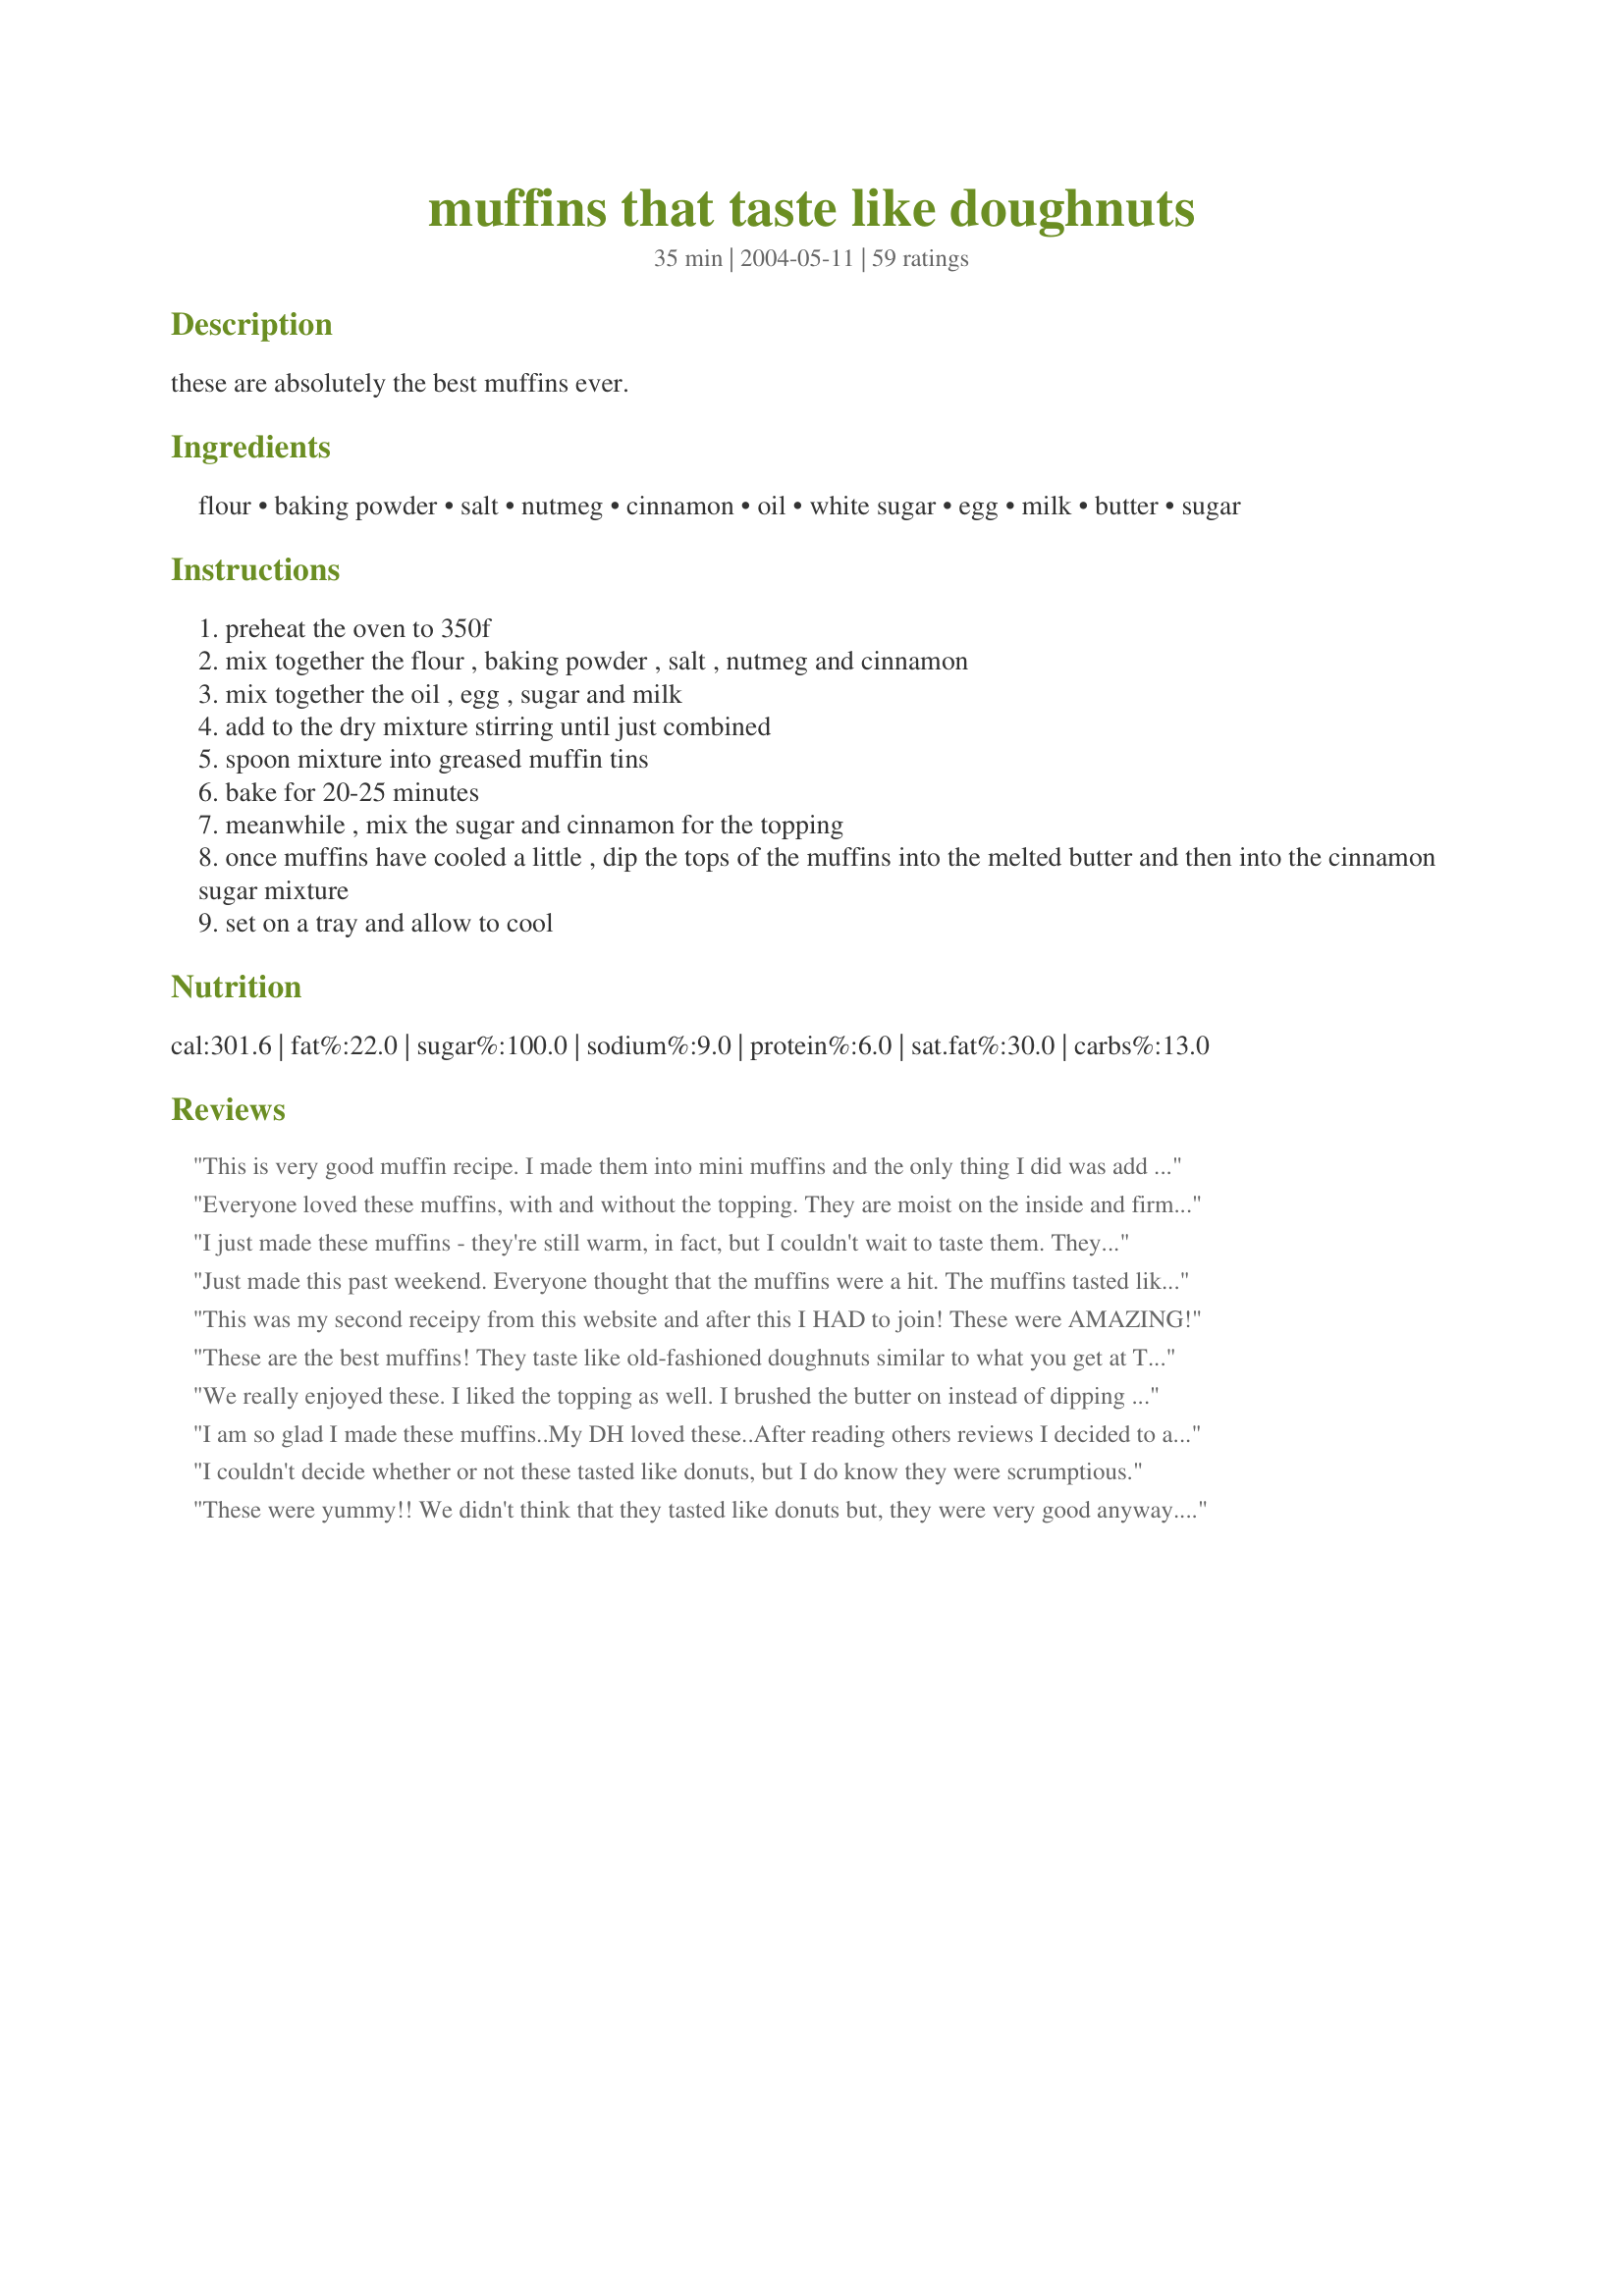
muffins that taste like doughnuts
Preparation time: 35 minutes

these are absolutely the best muffins ever.

Ingredients:
flour, baking powder, salt, nutmeg, cinnamon, oil, white sugar, egg, milk, butter, sugar

Steps:
preheat the oven to 350f
mix together the flour , baking powder , salt , nutmeg and cinnamon
mix together the oil , egg , sugar and milk
add to the dry mixture stirring until just combined
spoon mixture into greased muffin tins
bake for 20-25 minutes
meanwhile , mix the sugar and cinnamon for the topping
once muffins have cooled a little , dip the tops of the muffins into the melted butter and then into the cinnamon sugar mixture
set on a tray and allow to cool

Reviews:
This is very good muffin recipe. I made them into mini muffins and the only thing I did was add a little vanilla to the batter and cut back on the nutmeg (picky kids). They are very tasty and I think they taste like a cake donut dipped in cinnamon sugar like you get at the apple orchard. Thank you for this recipe.
Everyone loved these muffins, with and without the topping. They are moist on the inside and firm on top. My kids are super picky and these got their seal of approval. I cooked them for only 17 minutes and they were perfect. Next time I will use apple sauce instead of oil. Suggestion: make half of the topping otherwise you will have tons left over and possibly wasted
I just made these muffins - they're still warm, in fact, but I couldn't wait to taste them. They are scrumptious! I actually subsituted 1/2 cup of homemade applesauce for the oil and only used 1/2 cup sugar, since there is some sugar in my applesauce. I added a couple extra Tbls of flour to make the batter a little thicker. I think next time I make them I'll use 1/2 tsp cinnamon and 1/4 tsp nutmeg, as they were a little too nutmeg-y for me, although still very yummy. I baked them in my mini-muffin pan for about 15 minutes and they are perfect! I know my husband and son are going to gobble them up! Thanks for the great recipe!
Just made this past weekend. Everyone thought that the muffins were a hit. The muffins tasted like a cake donut. I will definitely make this recipe again. Someone suggsted vanilla. Vanilla seems like it would make the muffins even better.
This was my second receipy from this website and after this I HAD to join! These were AMAZING!
These are the best muffins! They taste like old-fashioned doughnuts similar to what you get at Tim Horton's. Always a hit!
We really enjoyed these. I liked the topping as well. I brushed the butter on instead of dipping and had alot of butter leftover. Would make again for sure as it calls for simple ingredients I have at home.
I am so glad I made these muffins..My DH loved these..After reading others reviews I decided to add 1 tsp vanilla to the batter and made only half the topping..I was gald I did as I still had lots of topping leftover and the vanilla helped to bring out the flavor of these muffins...He says this recipe is a keeper,I must also add for him to say this about any muffin really is a compliment..He doesnt generally care for muffins,but he does like his cake donuts..Thank U for this great and really easy recipe..Im sure I will be baking more of these...
I couldn't decide whether or not these tasted like donuts, but I do know they were scrumptious.
These were yummy!! We didn't think that they tasted like donuts but, they were very good anyway. They were easy to make and went together very quickly. I baked these in my cast iron muffin pans, which are a little smaller, and it made 12 muffins. I will definitely be making these again. Thank you for sharing this recipe.
Made 12 muffins, they were so goooood! I added 1 tsp of vanilla and completely skipped the topping (out of laziness) and they are definitely a new favorite! Really do taste like a donut and smelled amazing in the oven! Thanks so much for posting, gonna make more of these often!
These came out wonderful! I did only melt about 2Tb of butter and still had some left over. Amazing recipe
Very good muffins. Followed the recipe exactly with no changes. Easy to make and I had all the ingredients on hand. Great with a good cup of coffee.
My kids went to town on these muffins! All 12 were consumed at breakfast. I loved how easy they were to make. I did bake these the night before and in the morning dipped them in the melted butter and cinnamon/sugar topping. We will be having these again since they were so easy and good.
I made these to bring to a breakfast party and they were a big hit. Easy ingredients to have on hand and super easy to make.
I've made them at least 10 times since then and there's never any left!! Fabulous!
These were just to die for!, and yes they certainly do taste similar to doughnuts, they just melted in your mouth, heaven with every bite! Wonderful light texture. I took MizEmeril's advise and added 1 tsp vanilla. I will be making these again, they were just delicious! Thanks so much for posting...Kittencal :)
Delicious! As a child in Canada, my brother's grade school class made a cook book for Mother's day. Our family's favorite recipe was this one. It went missing and I have looked for it to make for my kids. Thanks so much Ladyshay! Wondering if you are a Shay that went to school with us!
I want to start by saying that we loved this recipe and will use it again. These were made for a church coffee hour and they are delicious and you can't beat how easy they are to make. As suggested by other reviewers I did add about 1/2 t. of vanilla to the basic recipe. I was surprised to see to see the few negative reviews on this recipe. If you like cake-type doughnuts you will really like this rccipe - if you're looking for a glazed krispy-creme type doughnut this isn't it. Simple, tasty and easy to bake ahead of time gives the recipe five stars in my book!. Thanks for the recipe Ladyshay!
These were very good. I drought them to a breakfast for my Mom's club, and there was not any left when it was time to go. I also think they tasted more like coffee cake than doughnuts. But either way they were delicious!
My favorite type of donuts are cake donuts and these are a yummy substitute. Plus, there's no frying! I read the reviews, and added the helpful tips of adding 1 teaspoon of vanilla to the batter. I also switched the amounts of nutmeg and cinnamon (because we prefer cinnamon to nutmeg too), and for the topping, I used 1/4 c. butter and 1/3 c. sugar to 1 Tablespoon cinnamon (3 parts sugar to 1 part cinnamon). I could have probably even used 3 (or maybe even 2?) Tablespoons butter, though. Oh well! I made mini muffins, and it made 24. I just dipped the tops in the butter and cinnamon/sugar, which made it fast and easy. Thanks for posting this recipe!
Very easy to make and very delicious, though not as much like doughnuts as I had hoped. still a very good muffin and DH loved it even though he not really a muffin person :) Made for Let's Party 2011.
First made this recipe from an old muffin book given to me by my husbands grandmother. Everytime I make them I get rave reviews, and they are so quick and easy!
These did taste just like cake doughnuts. I will be making more to put in my freezer. I think I will try making them as a mini doughnut next time and make them bite size yum.
I made these for my Read Across America Breakfast for my students. I made them exactly as posted, and only got 11 smallish muffins. This made it hard to put the topping on (to dip because the muffin was smaller than the liner). They were also a bit chewy instead of soft like a muffin. Just were not my favorite. Sorry!
Really great! If made the day before the flavors have longer to mingle and this creates the cake doughnut taste. Fresh out of the oven they are also good. I added vanilla and a pinch of ginger. Its faster , easier and slightly healthier than real dougnuts. I frosted some in chocolate with chopped nut and white icing and sprinkles on others for a family event. They were a huge hit! Thank you for posting.
These are really good muffins. They taste like coffee cake and make a great breakfast. I also like that I usually have all the ingredients on hand. Thanks Ladyshay!
Just made this recipe and it&#039;s great, but.......&lt;br/&gt;I did convert it to WG Free and it worked extremely well. It&#039;s so nice to have something different.
These were really good. Both my husband and myself thought these tasted more like coffee cake than donuts but either way they were good and I'm sure I'll be making them again for a nice breakfast treat.
Very nice muffins! Very easy and good. Thanks!
Frankly, we did not think these tasted like cinnamon donuts and we were not crazy about them either. I will not make them again.
These were a huge hit in our house this morning! Definately a keeper recipe! 
I used Buttermilk in place of the milk and it was still the yummy treat everyone else is talking about!
I thought these muffins had a real nice texture and loved the flavor. While still warm from the oven they didn't taste as similar to cake donuts as they did after a few hours and even more so the next day (the two I managed to hide so they weren't devoured) This recipe doesn't claim to be a cake donut clone. I think the reviewers that are upset that it doesn't taste like a donut are taking the recipe a little to literally! In my opinion it comes close enough, is easier to make and is hands down delicious.
I just took these out of the oven. They smelled so wonderful! Usually I don't like things like this warm and always wait till they are cold to try them, but this time the smell got me and before I knew what happened, I engolfed and devoured one. It was very good! T'm not a big muffin fan usually, but these are really super and I will definitely make again, and again! When I mixed the oil, sugar, egg, and milk, I used the electric mixer and beat it pretty good. Then I stirred in the dry ingredients with a spoon. Mine filled the 12 muffin cups just fine and came out just like they should. Nice texture. Thanks for some very nice muffins. You did a great jub!
These were good. They taste like doughnuts if you think about it while you eat them. If you don't they are just cinnamony muffins. I'm not so excited about them that I want to make them again next week.
I needed to work overtime this morning on my twins' birthday. So I got up at 4 am to make these muffins for their birthday breakfast. I doubled the muffin ingredients as I went along, mixed them up, the baking powder bubbled so all was well. The muffins came out kinda flat and I was disapointed but I dipped them in butter and the sugar mixture. I tasted one and really didn't like it but I needed to leave for work. I left them on the counter. I received a phone call at work from the kids- they were raving about the muffins. Insisting that the muffins tasted like churros. We live in CA and churros, a Latin America fried donut stick , is very popular here. When I arrived home all 2 dozen muffins were gone and the family wanted more. So I guess they were good. I'll give them a 5 star for the kids EDITED on 7/19/04. Baked them again this morning and they rose beautifully! I must have left out part of an ingredient when I was doubling the batch. I loved them! The kids said they tasted more like churros when I messed up the batch.
This taste pretty good but there are too much topping left over.
These were good little muffins (I used the mini muffin pan in order to get the kids interested). I thought they tasted like cake donuts while the kids were expecting the flavor of the glazed kind. Next time, I will make a powdered sugar glaze for them.
Delicious!
They were great and easy to make. Decreased nutmeg to 1/4 teaspoon and added 1/2 teaspoon vanilla.
Easy to make & very good tasting for a faux doughnut.
Very easy, cut the sugar on the topping to 3 tablespoons. Brushed butter on then sprinted the cinnamon/sugar mix. The grandchildren loved them. Thank you for the recipe. Now on the fav list for the children.
Easy to make and pleasant flavor.
this recipe is fantastic and sooo tasty, best muffin recipe i have tried on here. was unsure as to what flour to use self raising or plain and only had self raising, , worked really well though they rose and were sooo soft too, i mucked up the topping as did not read it properly and melted everything together but still tasted brilliant....will deffo make again as was very easy, might even do the topping properly next time......only managed to get 8 muffins out which were a good size so if you do want more than 8 i would suggest multiplying the recipe to suit your needs
These were a nice coffee cake-type muffin. I didn't use all that topping for just 12 muffins. I only had a small bit of one, but our guests seems to enjoy them!
These were wonderful.I assembled the dry ingredients the night before so that in the morning I just had to mix in the the wet and I did that by hand.No noise to wake anyone.I'm not so sure they tasted like doughnuts..but who cares, they were wonderful and I will make these again. They go right into my keeper fill.Thanks Ladyshay for a great recipe.
Wow, these do taste like doughnuts. I love the topping too. I added alittle vanilla to this recipe for some extra flavor and really liked it. These are some really good muffins Hun! Keep up the good work!
I am very new to cooking and baking. These muffins are easy to make..... and taste fantastic!!&lt;br/&gt;Im so proud to serve them :)
My husband loved these! &lt;br/&gt;I recommend making these either in small muffin tins or filling a normal size muffin tin less than halfway full so that you can really taste all the yummy topping in each bite.
Well they were good in their own way, i just didnt think they tasted like cake donuts. Thank you for the recipe anyway.
These were very good. I also recommend halving the topping.
These DID NOT taste like ANY donut I've ever eaten..I wasn't impressed at all with this recipe as it stands. Maybe with ALOT of tweaking the muffins could be worth the time and ingredients used. Sorry JMO.
This recipe was ok.. I guess I set myself up for the taste of an actual donut. They taste a bit like a donut but they are alot more dense (being that it's a muffin) it makes perfect sense, why it's not light and fluffy.. It was nice to try it, but most likely will not be making these again. :( Sorry..
Name says it all! I made these twice in one week!
These were very good. Definitely a taste somewhere between doughnuts and snickerdoodles. i used 2 T. of margarine for dipping and that was enough. Super easy recipe. Thanks for posting it!
These were really good muffins and they do truly taste like a cake donut. I added a teaspoon of vanilla. I also halved the topping mixture. I will certainly make again.
These are pretty tasty and WAY easier than making homemade doughnuts. The amount of butter and cinnamon and sugar for the topping is WAY too much. I think half and you would still have some left over. My kids loved them and I am sure they will get made often!
These were very nice, moist and simple to make. I must admit they didn't exactly taste like a donut to me. Only took 15 mins to cook in my turbo oven, so quick as well.
I love this recipe - I lost it and thought - I know where I can find it - Recipezaar!

Bw warned - I went through a patch of making these regularly and put on 5kgs. Now I make them for the kids and freeze them as soon as they are cool to stop me eating them all:)
Yesterday, I was in the mood for homemade doughnuts and, after reading some of the reviews, I thought I'd give these a try. I followed the advice of several reviewers and made them in mini-muffin tins and added some vanilla. Like some others, I found 2 TBS melted butter was perfect when brushed on. For the topping, I didn't follow the recipe. Instead, I made a mixture of splenda and Penzey's baking spice and sprinkled it on top. What surprised me was how the taste actually improved the next day. Thanks Ladyshay, I'll be making these again.
